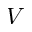
V